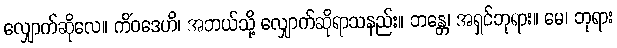
လျှောက်ဆိုလေ။ ကိံဝဒေဟိ၊ အဘယ်သို့ လျှောက်ဆိုရာသနည်း။ ဘန္တေ၊ အရှင်ဘုရား။ မေ၊ ဘုရား